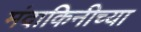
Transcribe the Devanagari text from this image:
मंदाकिनीच्या